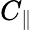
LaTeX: C_{\parallel}